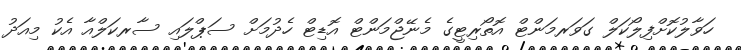
ހަވާލުކޮށްފިލޯކަލް ގަވަރމަންޓް އޮތޯރިޓީގެ މެނޭޖްމަންޓް އޮޑިޓް ހެދުމަށް ސަޕްލައި ސާރކަލްއާ އެކު މިއަދު